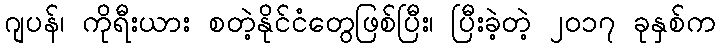
ဂျပန်၊ ကိုရီးယား စတဲ့နိုင်ငံတွေဖြစ်ပြီး၊ ပြီးခဲ့တဲ့ ၂၀၁၇ ခုနှစ်က